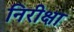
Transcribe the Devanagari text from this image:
निरीक्षा